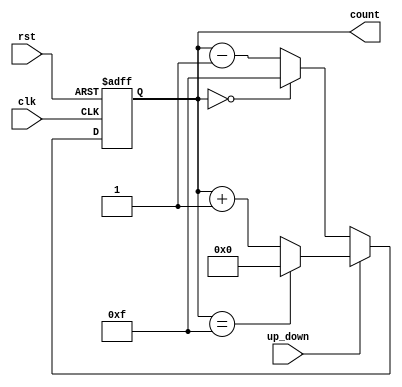
module up_down_counter (
    input wire clk,            // Clock signal
    input wire rst,            // Asynchronous reset
    input wire up_down,        // Up/Down control signal
    output reg [3:0] count     // 4-bit count output
);

    // Always block triggered on the rising edge of the clock or when reset is asserted
    always @(posedge clk or posedge rst) begin
        if (rst) begin
            count <= 4'b0000;   // Reset count to 0
        end else begin
            if (up_down) begin
                // Count Up
                if (count == 4'b1111) begin
                    count <= 4'b0000; // Wrap around to 0
                end else begin
                    count <= count + 1; // Increment count
                end
            end else begin
                // Count Down
                if (count == 4'b0000) begin
                    count <= 4'b1111; // Wrap around to 15
                end else begin
                    count <= count - 1; // Decrement count
                end
            end
        end
    end

endmodule